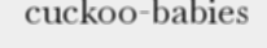
cuckoo-babies